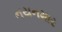
નયનમાર